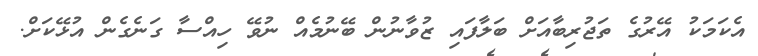
އެކަމަކު އޭރުގެ ތަޖުރިބާއަށް ބަލާފައި ޒުވާނުން ބޭނުމެއް ނުވޭ ހިއްސާ ގަނެގެން އުޅޭކަށް.